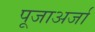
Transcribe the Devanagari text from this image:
पूजाअर्जा